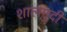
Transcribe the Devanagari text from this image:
शालमुदी